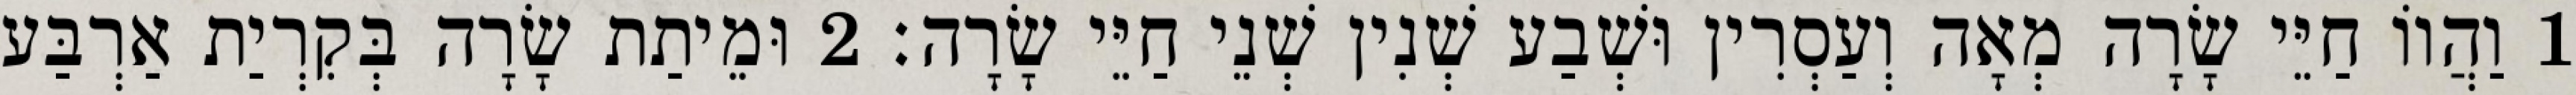
1 וַהֲווֹ חַיֵּי שָׂרָה מְאָה וְעַסְרִין וּשְׁבַע שְׁנִין שְׁנֵי חַיֵּי שָׂרָה׃ 2 וּמֵיתַת שָׂרָה בְּקִרְיַת אַרְבַּע